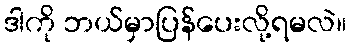
ဒါကို ဘယ်မှာပြန်ပေးလို့ရမလဲ။